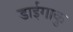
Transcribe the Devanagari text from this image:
डाईगाकु